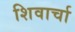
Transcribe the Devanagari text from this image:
शिवार्चा